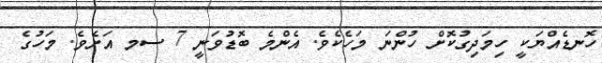
ހޮނޑެއްޔަކީ ހިމަދިގުކޮށް ހުންނަ މަހެކެވެ. އެންމެ ބޮޑުވަނީ 7 ސމ އަށެވެ. މަހުގެ